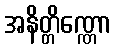
အနိတ္တိဏ္ဏော